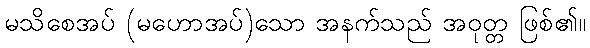
မသိစေအပ် (မဟောအပ်)သော အနက်သည် အဝုတ္တ ဖြစ်၏။